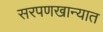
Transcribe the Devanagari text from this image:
सरपणखान्यात